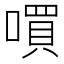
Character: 嘪